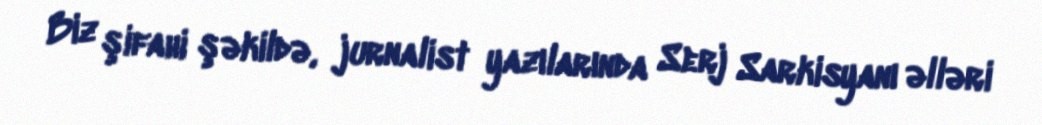
Biz şifahi şəkildə, jurnalist yazılarında Serj Sarkisyanı əlləri